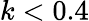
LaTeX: k<0.4